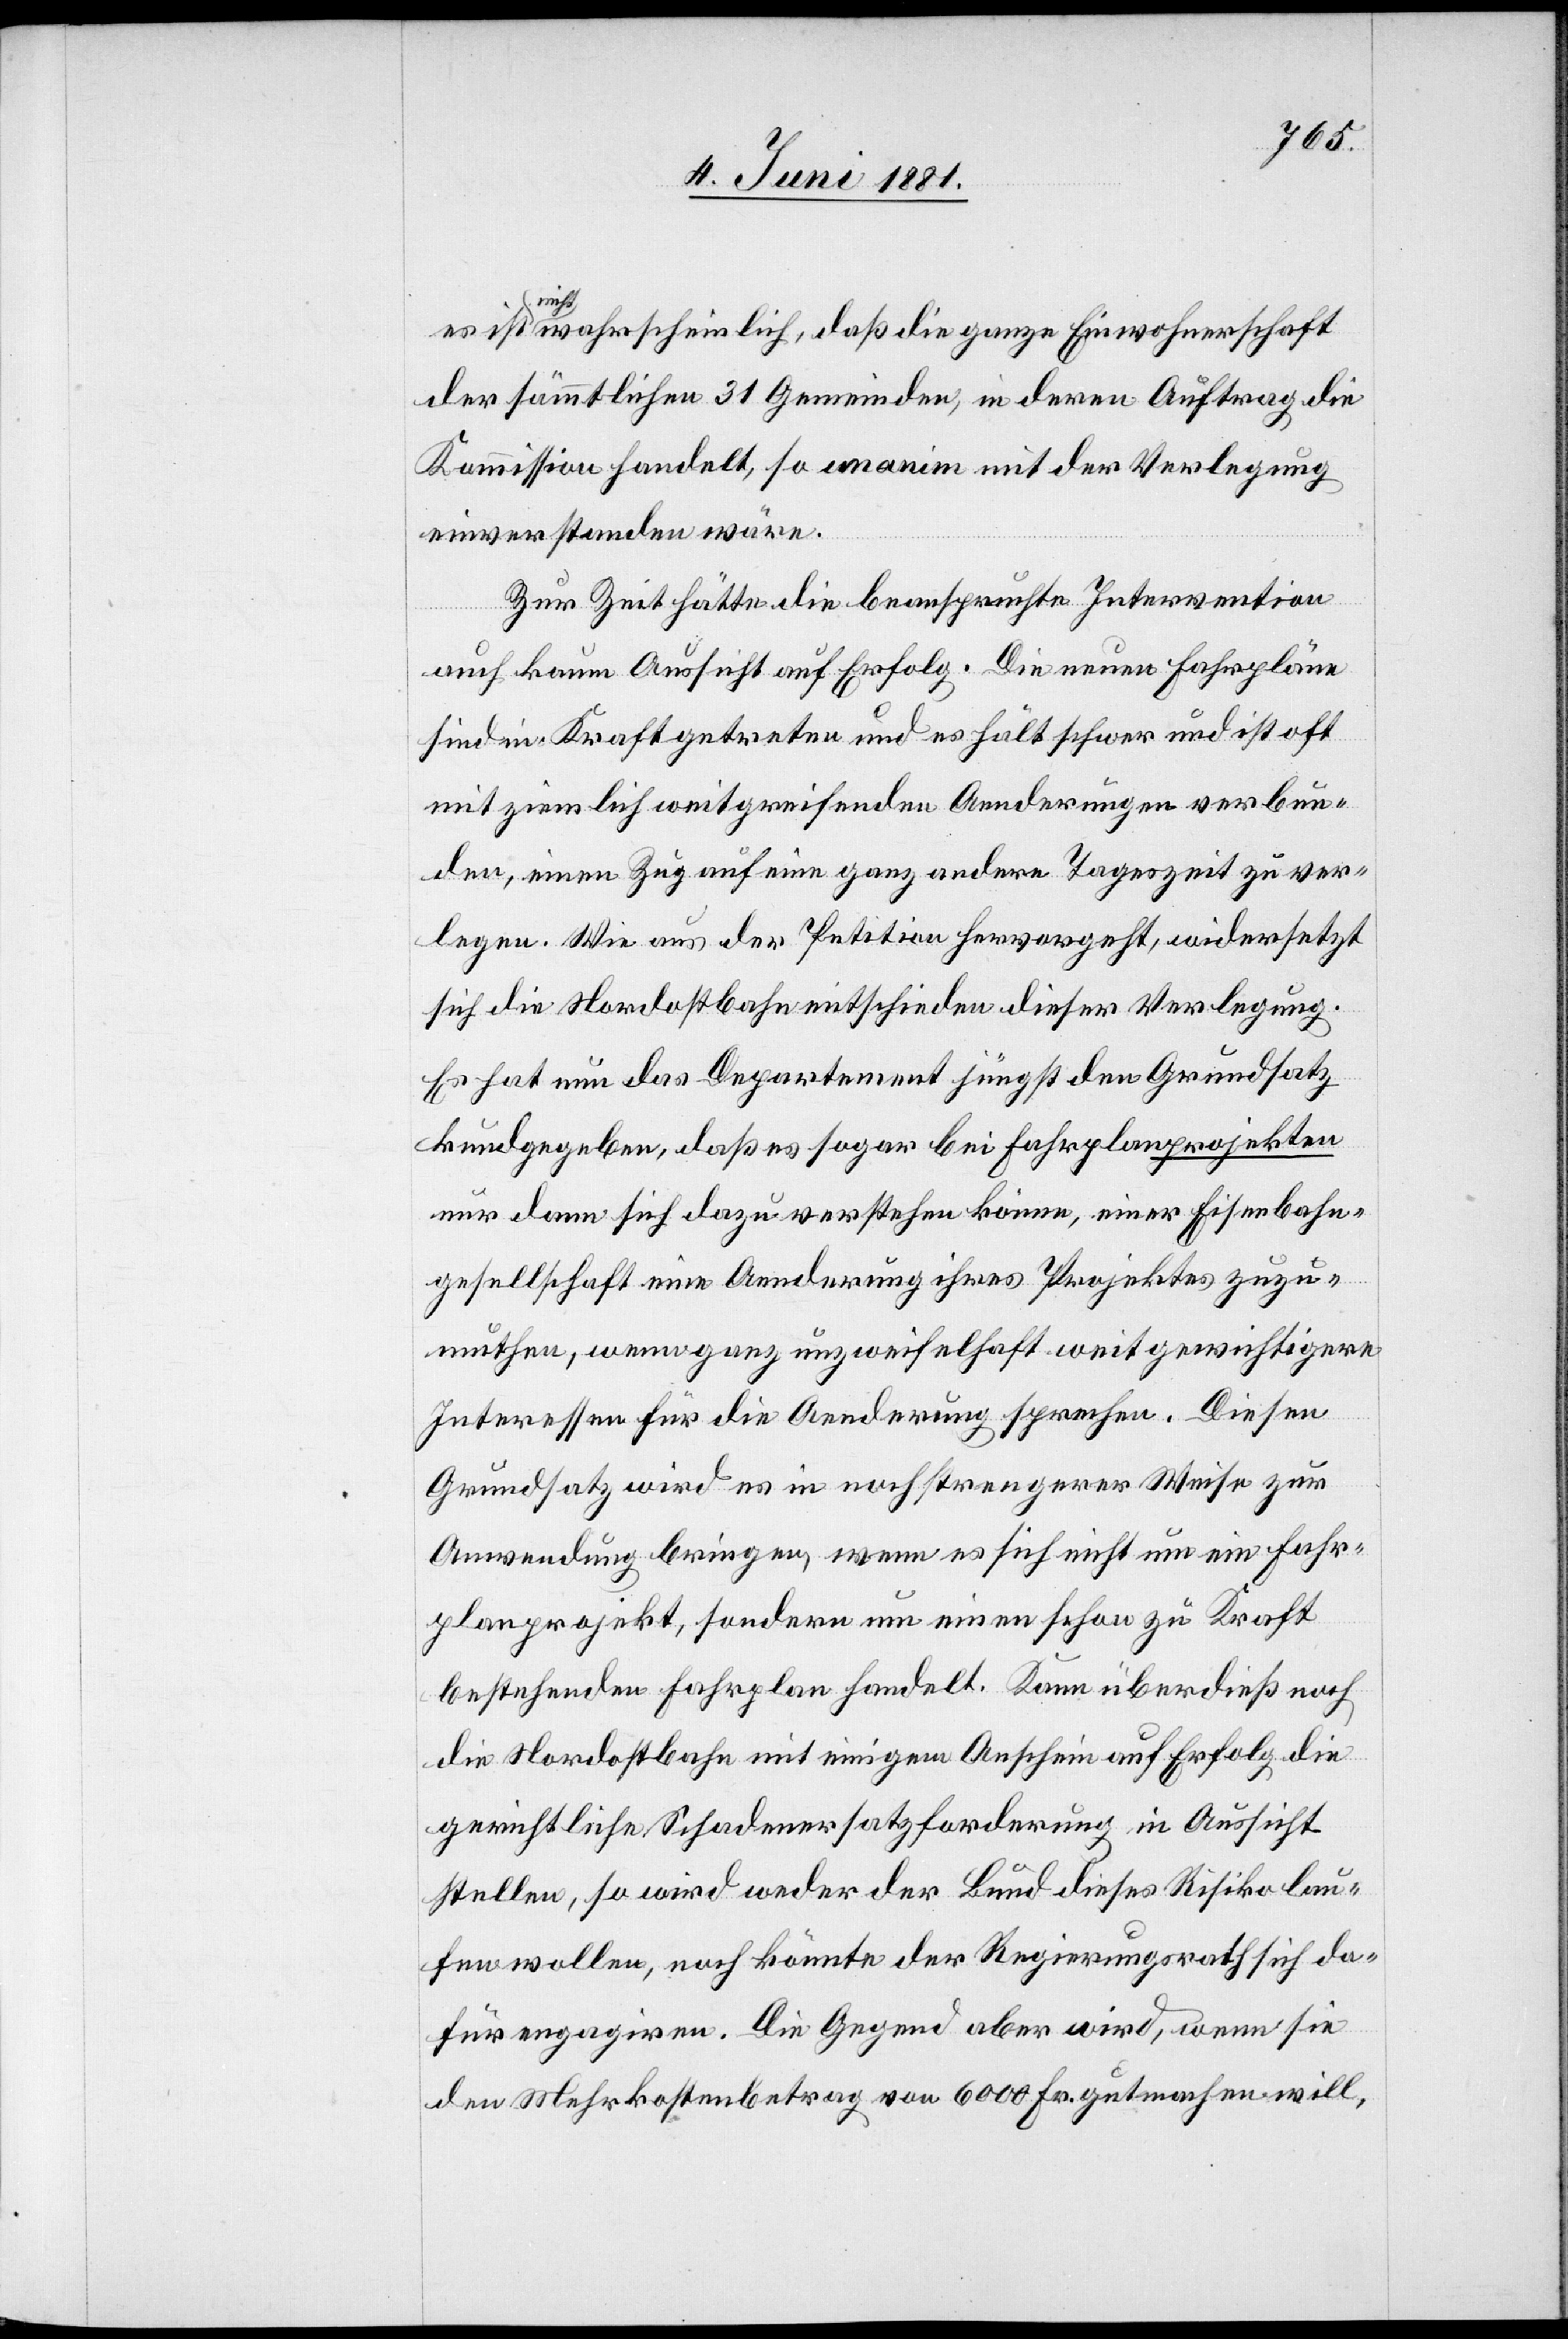
es ist
a-nicht-a wahrscheinlich, daß die ganze Einwohnerschaft
der sämmtlichen 31 Gemeinden, in deren Auftrag die
Kommission handelt, so unanim mit der Verlegung
einverstanden wäre.
Zur Zeit hätte die beanspruchte Intervention
auch kaum Aussicht auf Erfolg. Die neuen Fahrpläne
sind in Kraft getreten und es hält schwer und ist oft
mit ziemlich weitreichenden Aenderungen verbun¬
den, einen Zug auf eine ganz andere Tageszeit zu ver¬
legen. Wie aus der Petition hervorgeht, widersetzt
sich die Nordostbahn entschieden dieser Verlegung.
Es hat nun das Departement jüngst den Grundsatz
kundgegeben, daß es sogar bei Fahrplanprojekten
nur dann sich dazu verstehen könne, einer Eisenbahn¬
gesellschaft eine Aenderung ihres Projektes zuzu¬
muthen, wenn ganz unzweifelhaft weitgewichtigere
Interessen für die Aenderung sprechen. Diesen
Grundsatz wird es in noch strengerer Weise zur
Anwendung bringen, wenn es sich nicht um ein Fahr¬
planprojekt, sondern um einen schon zu Kraft
bestehenden Fahrplan handelt. Kann überdieß noch
die Nordostbahn mit einigem Anschein auf Erfolg die
gerichtliche Schadenersatzforderung in Aussicht
stellen, so wird weder der Bund dieses Risiko lau¬
fen wollen, noch könnte der Regierungsrath sich da¬
für engagiren. Die Gegend aber wird, wenn sie
den Mehrkostenbetrag von 6000 Fr. gutmachen will,